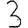
Digit: 3